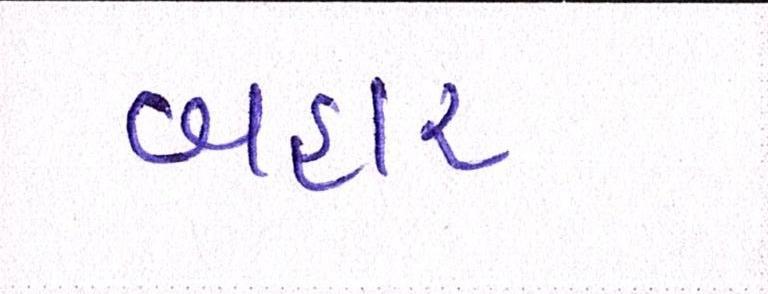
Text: બહાર